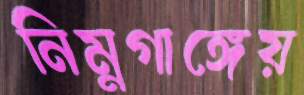
নিম্নগাঙ্গেয়